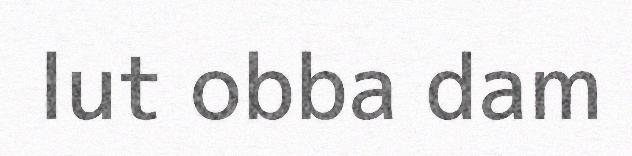
lut obba dam